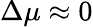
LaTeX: \Delta\mu\approx 0